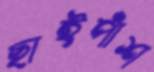
ছাইপাঁশ